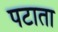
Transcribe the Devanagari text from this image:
पटाता